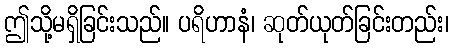
ဤသို့မရှိခြင်းသည်။ ပရိဟာနံ၊ ဆုတ်ယုတ်ခြင်းတည်း၊